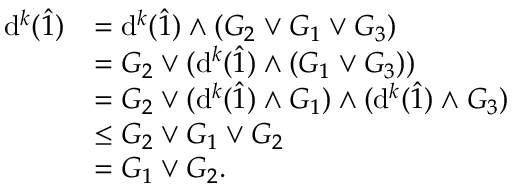
\begin{array} { r l } { \mathrm { d } ^ { k } ( \hat { 1 } ) } & { = \mathrm { d } ^ { k } ( \hat { 1 } ) \wedge ( G _ { 2 } \vee G _ { 1 } \vee G _ { 3 } ) } \\ & { = G _ { 2 } \vee ( \mathrm { d } ^ { k } ( \hat { 1 } ) \wedge ( G _ { 1 } \vee G _ { 3 } ) ) } \\ & { = G _ { 2 } \vee ( \mathrm { d } ^ { k } ( \hat { 1 } ) \wedge G _ { 1 } ) \wedge ( \mathrm { d } ^ { k } ( \hat { 1 } ) \wedge G _ { 3 } ) } \\ & { \leq G _ { 2 } \vee G _ { 1 } \vee G _ { 2 } } \\ & { = G _ { 1 } \vee G _ { 2 } . } \end{array}